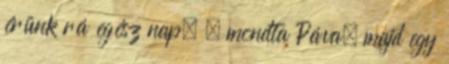
érünk rá egész nap. – mondta Páva, majd egy